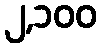
၂,၁၀၀